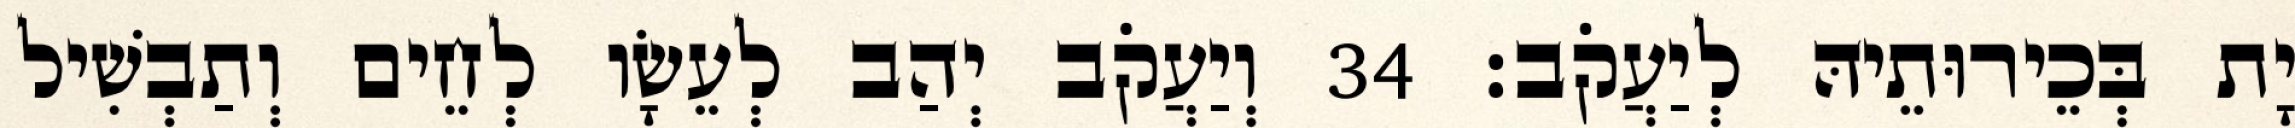
יָת בְּכֵירוּתֵיהּ לְיַעֲקֹב׃ 34 וְיַעֲקֹב יְהַב לְעֵשָׂו לְחֵים וְתַבְשִׁיל